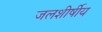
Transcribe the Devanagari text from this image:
जलशीर्षीय